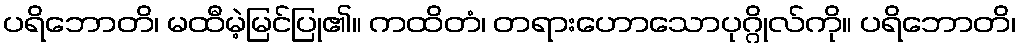
ပရိဘောတိ၊ မထီမဲ့မြင်ပြု၏။ ကထိတံ၊ တရားဟောသောပုဂ္ဂိုလ်ကို။ ပရိဘောတိ၊